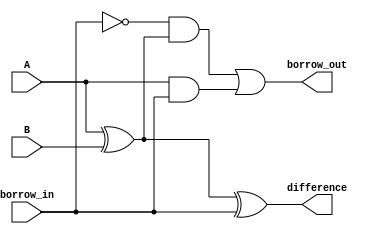
module gate_level_subtractor(
    input A,
    input B,
    input borrow_in,
    output difference,
    output borrow_out
);

  wire A_xor_B;
  wire borrow_in_not;
  wire borrow_in_AND_A_xor_B;

  assign A_xor_B = A ^ B;
  assign borrow_in_not = ~borrow_in;
  assign borrow_in_AND_A_xor_B = borrow_in_not & A_xor_B;

  assign difference = A_xor_B ^ borrow_in;
  assign borrow_out = borrow_in_AND_A_xor_B | (A & borrow_in);

endmodule